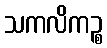
သကလိကဉ္စ